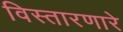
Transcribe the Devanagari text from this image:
विस्तारणारे